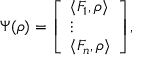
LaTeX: \Psi ( \rho ) = { \left[ \begin{array} { l } { \langle F _ { 1 } , \rho \rangle } \\ { \vdots } \\ { \langle F _ { n } , \rho \rangle } \end{array} \right] } ,